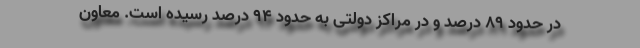
در حدود ۸۹ درصد و در مراکز دولتی به حدود ۹۴ درصد رسیده است. معاون